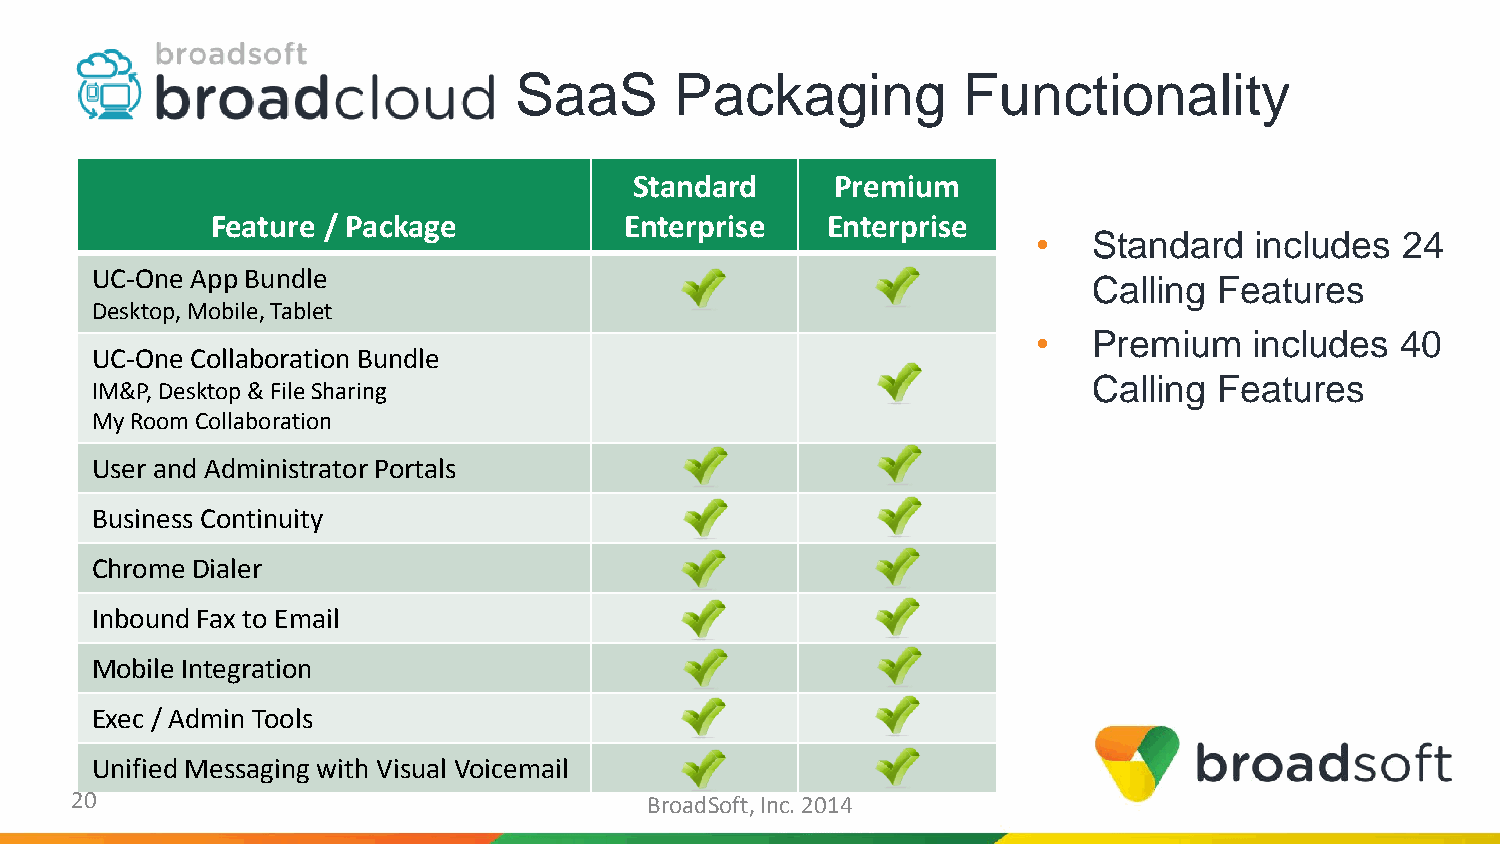
SaaS       Packaging          Functionality
 Standard     Premium
 Feature / Package          Enterprise    Enterprise
 •  Standard   includes  24
 UC-One App Bundle
 Calling  Features
 Desktop,Mobile, Tablet
 •  Premium    includes  40
 UC-One Collaboration Bundle
 Calling  Features
 IM&P, Desktop & File Sharing
 My Room Collaboration
 User and Administrator Portals
 Business Continuity
 ChromeDialer
 Inbound Fax to Email
 Mobile Integration
 Exec / Admin Tools
 Unified Messaging with Visual Voicemail
 20                                    BroadSoft, Inc. 2014